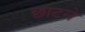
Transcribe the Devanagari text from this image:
छाटने